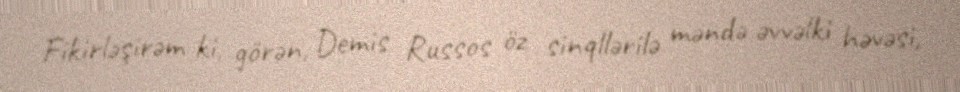
Fikirləşirəm ki, görən, Demis Russos öz sinqllərilə məndə əvvəlki həvəsi,